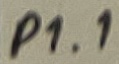
Text: P1.1